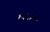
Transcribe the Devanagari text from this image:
१५५३८८